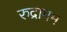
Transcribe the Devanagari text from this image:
रुद्रागम